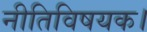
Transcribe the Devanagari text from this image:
नीतिविषयक।